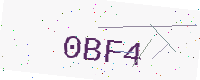
Text: 0BF4